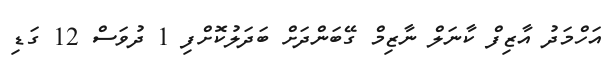
އަހްމަދު އާޒިފް ކާނަލް ނާޒިމް ގޭބަންދަށް ބަދަލުކޮށްފި 1 ދުވަސް 12 ގަޑި